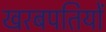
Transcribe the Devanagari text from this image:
खरबपतियों